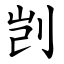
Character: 剀